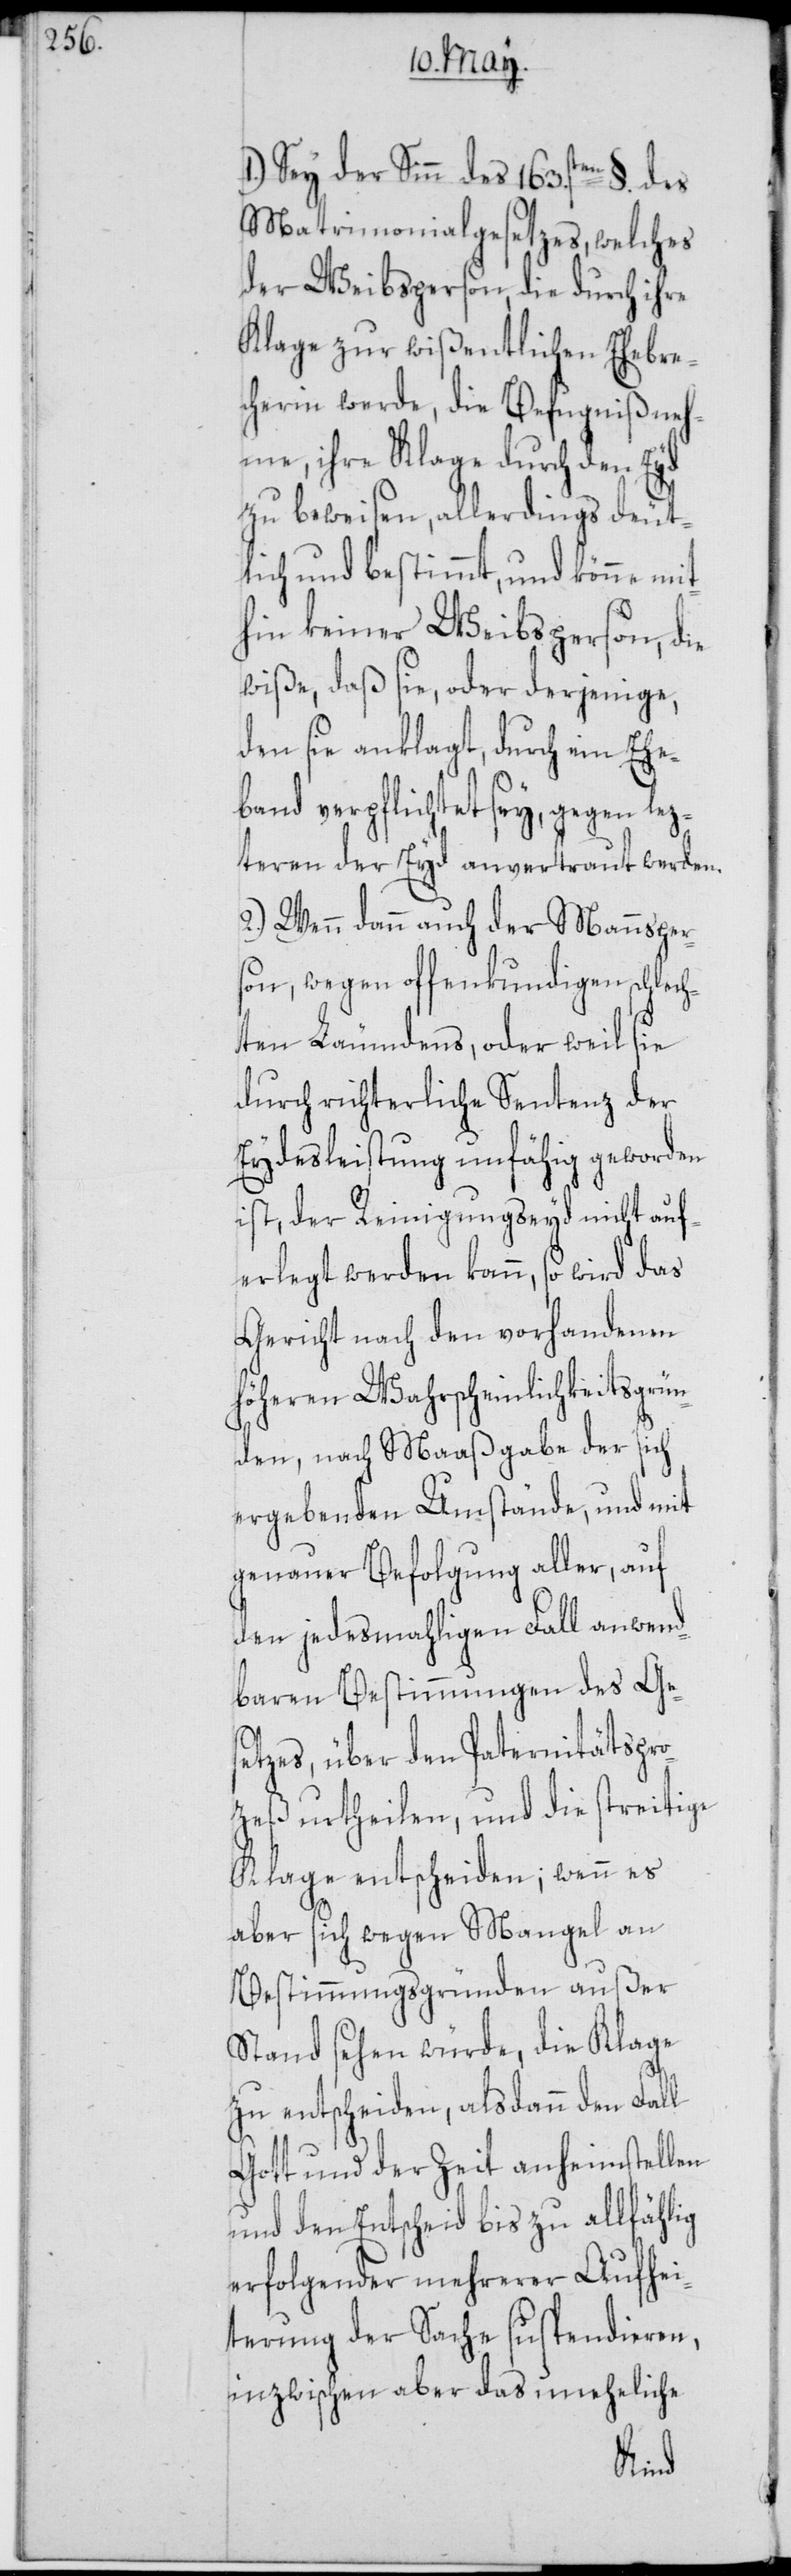
1.) Sey der Sinn des 163sten. §. des
Matrimonialgesetzes, welches
der Weibsperson, die durch ihre
Klage zur wißentlichen Ehebre¬
cherin werde, die Befugniß neh¬
me, ihre Klage durch den Eyd
zu beweisen, allerdings deut¬
lich und bestimmt, und könne mit¬
hin keiner Weibsperson, die
wiße, daß sie, oder derjenige,
den sie anklagt, durch ein Ehe¬
band verpflichtet sey, gegen lez¬
teren der Eyd anvertraut werden.
2.) Wenn dann auch der Mannsper¬
son, wegen offenkundigen schlech¬
ten Läumdens, oder weil sie
durch richterliche Sentenz der
Eydesleistung unfähig geworden
ist, der Reinigungseyd nicht auf¬
erlegt werden kann, so wird das
Gericht nach den vorhandenen
höheren Wahrscheinlichkeitsgrün¬
den, nach Maaßgabe der sich
ergebenden Umstände, und mit
genauer Befolgung aller, auf
den jedesmahligen Fall anwend¬
baren Bestimmungen des Ge¬
setzes, über den Paternitätspro¬
zeß urtheilen, und die streitige
Klage entscheiden; wenn es
aber sich wegen Mangel an
Bestimmungsgründen außer
Stand sehen würde, die Klage
zu entscheiden, alsdann den Fall
Gott und der Zeit anheimstellen
und den Entscheid bis zu allfählig
erfolgender mehrerer Aufhei¬
terung der Sache suspendieren,
inzwischen aber das uneheliche